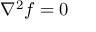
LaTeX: \nabla ^ { 2 } f = 0